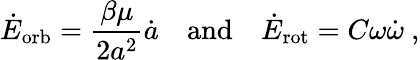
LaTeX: \dot{E}_{\mathrm{orb}}=\frac{\beta\mu}{2a^{2}}\dot{a}\quad\mathrm{and}\quad\dot{E}_{\mathrm{rot}}=C\omega\dot{\omega}\ ,